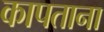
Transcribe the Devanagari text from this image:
कापताना